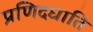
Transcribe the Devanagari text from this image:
प्रणिदघाति